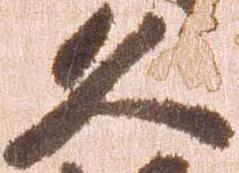
久